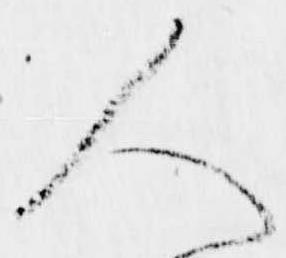
人